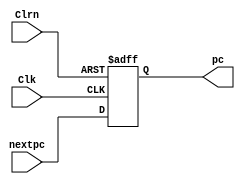
`timescale 1ns / 1ps

// Program counter.
module PC (Clk, Clrn, nextpc, pc);

    input Clk, Clrn;
    input  [31:0] nextpc;
    output reg [31:0] pc;

    always @ (posedge Clk or negedge Clrn) begin
        if (Clrn == 0)
            pc <= 0;
        else
            pc <= nextpc;
    end

endmodule